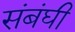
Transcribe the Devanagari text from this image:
संबंघी